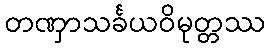
တဏှာသင်္ခယဝိမုတ္တဿ